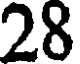
28